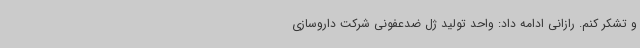
و تشکر کنم. رازانی ادامه داد: واحد تولید ژل ضدعفونی شرکت داروسازی